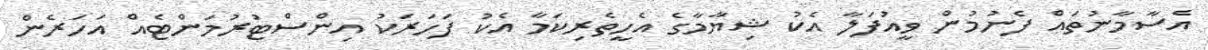
އެސާމާނުތައް ފެނުމުން ވީއުފަލާ އެކު ޝިޔާމާގެ އެހީތެރިކަމާ އެކު ފަހަރަކު އިންސްޓުރުމަންޓެއް އަހަރެން